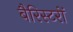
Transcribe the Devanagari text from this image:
बैरिस्टरों